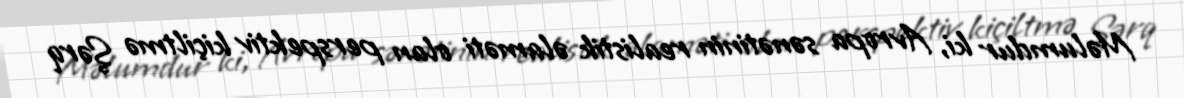
Məlumdur ki, Avropa sənətinin realistik əlaməti olan perspektiv kiçiltmə Şərq